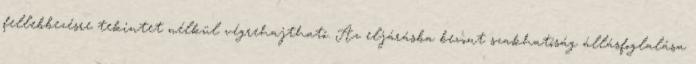
fellebbezésre tekintet nélkül végrehajtható. Az eljárásba bevont szakhatóság állásfoglalása